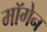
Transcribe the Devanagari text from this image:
मॉगेन